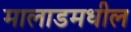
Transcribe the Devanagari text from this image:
मालाडमधील